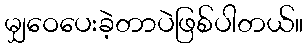
မျှဝေပေးခဲ့တာပဲဖြစ်ပါတယ်။